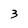
Character: 3